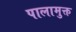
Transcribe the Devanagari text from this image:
पालामुक्त